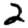
Digit: 2